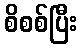
စိစစ်ပြီး